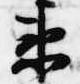
衛